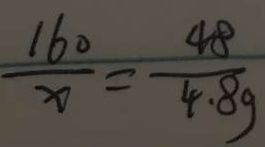
\frac { 1 6 0 } { x } = \frac { 4 8 } { 4 . 8 g }